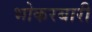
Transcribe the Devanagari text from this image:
भोकरबारी